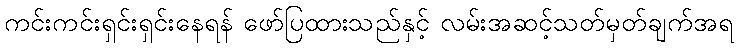
ကင်းကင်းရှင်းရှင်းနေရန် ဖော်ပြထားသည်နှင့် လမ်းအဆင့်သတ်မှတ်ချက်အရ